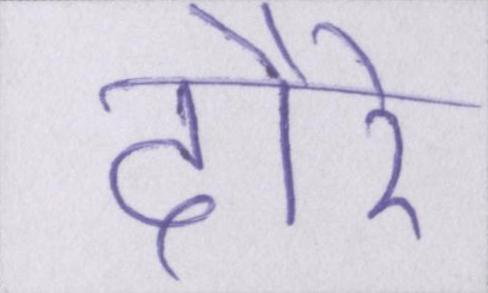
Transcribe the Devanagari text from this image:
दौरे